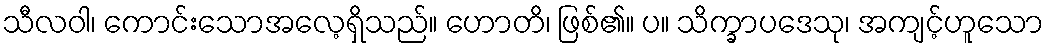
သီလဝါ၊ ကောင်းသောအလေ့ရှိသည်။ ဟောတိ၊ ဖြစ်၏။ ပ။ သိက္ခာပဒေသု၊ အကျင့်ဟူသော